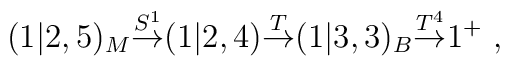
(1|2,5)_M{\buildrel S^1\over\rightarrow} (1|2,4) {\buildrel T\over\rightarrow}(1|3,3)_B{\buildrel T^4\over\rightarrow} 1^+ \ ,